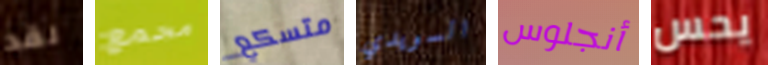
لقد مجمع متسكع السويدي أنجلوس يحس